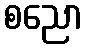
စညော